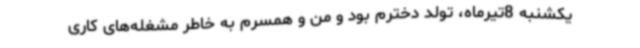
یکشنبه 8تیرماه، تولد دخترم بود و من و همسرم به ‌خاطر مشغله‌های کاری